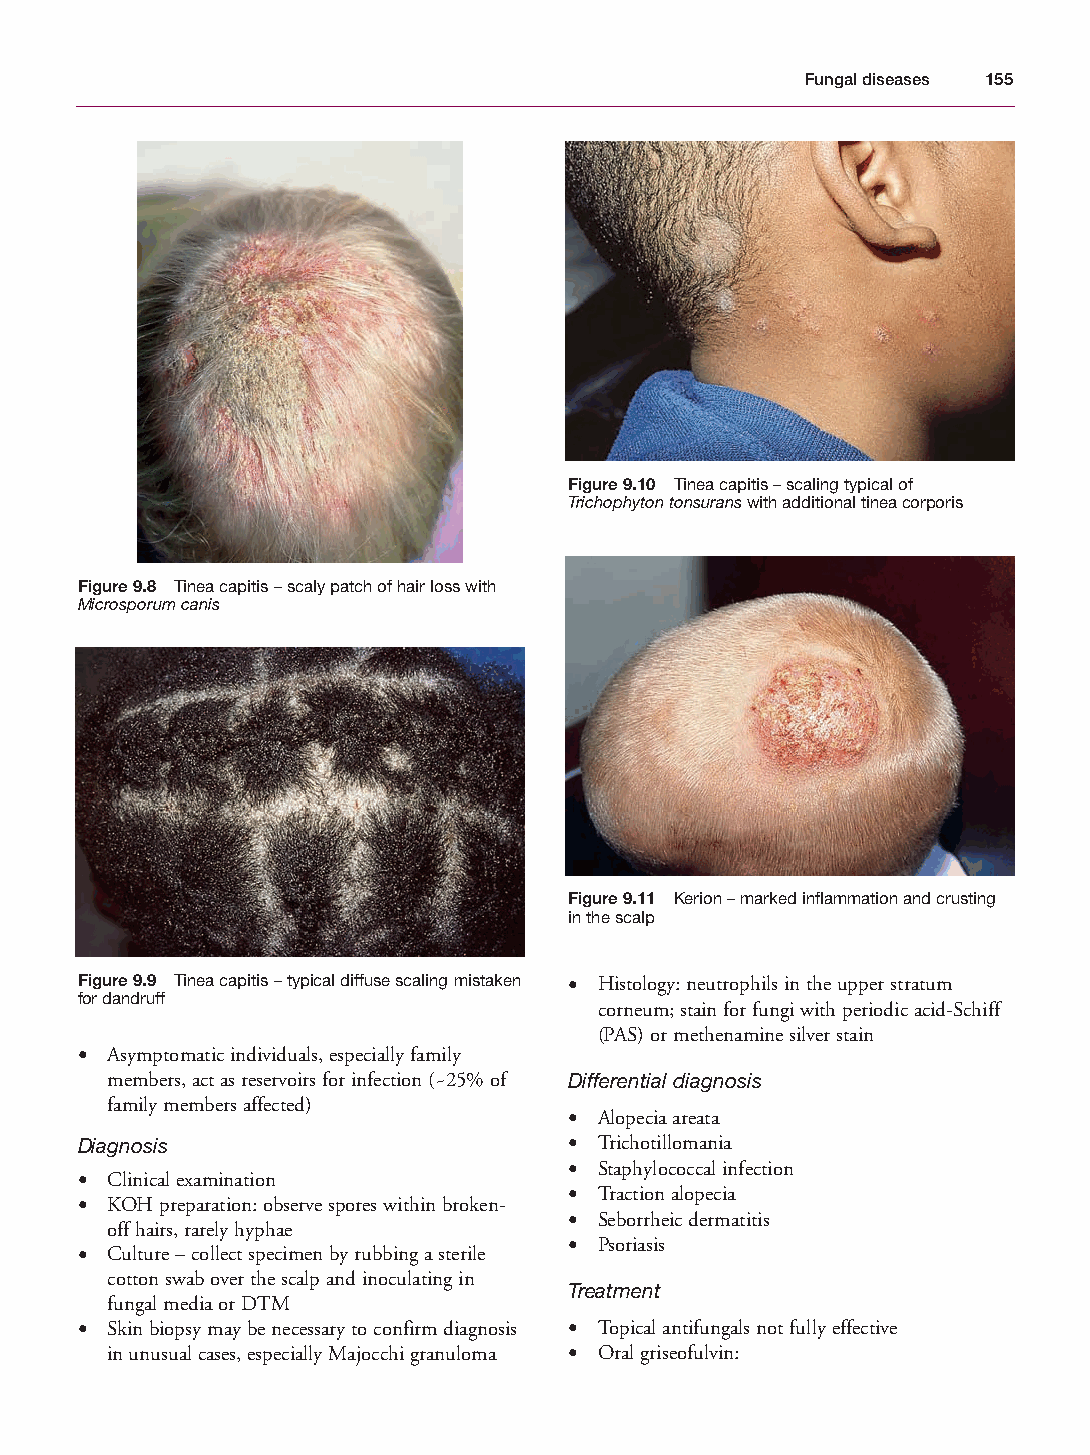
Mallory Chapter 09 27/1/05 2:02 pm Page 155
 Fungal diseases 155
 Figure 9.10 Tinea capitis – scaling typical of
 Trichophyton tonsuranswith additional tinea corporis
 Figure 9.8 Tinea capitis – scaly patch of hair loss with
 Microsporum canis
 Figure 9.11 Kerion – marked inflammation and crusting
 in the scalp
 Figure 9.9 Tinea capitis – typical diffuse scaling mistaken • Histology: neutrophils in the upper stratum
 for dandruff
 corneum; stain for fungi with periodic acid-Schiff
 (PAS) or methenamine silver stain
 • Asymptomatic individuals, especially family
 members, act as reservoirs for infection (~25% of Differential diagnosis
 family members affected)
 • Alopecia areata
 Diagnosis                        • Trichotillomania
 • Staphylococcal infection
 • Clinical examination
 • Traction alopecia
 • KOH preparation: observe spores within broken-
 • Seborrheic dermatitis
 off hairs, rarely hyphae
 • Psoriasis
 • Culture – collect specimen by rubbing a sterile
 cotton swab over the scalp and inoculating in
 Treatment
 fungal media or DTM
 • Skin biopsy may be necessary to confirm diagnosis • Topical antifungals not fully effective
 in unusual cases, especially Majocchi granuloma • Oral griseofulvin: